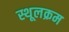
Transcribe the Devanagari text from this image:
स्थूलक्रम